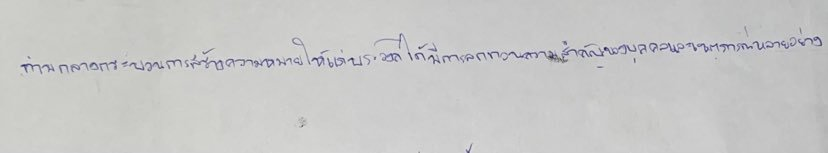
ท่ามกลางกระบวนการสร้างความหมายให้แก่พระองค์ได้มีการลดทอนความสำคัญของบุคคลและเหตุการณ์หลายอย่าง